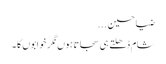
ضیا حسین ...
شام ڈھلتے ہی سجاتاہوں نگر خوابوں کا ۔